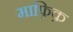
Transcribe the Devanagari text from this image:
माफ़िक़